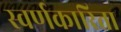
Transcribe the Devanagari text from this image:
स्वर्णकारिता